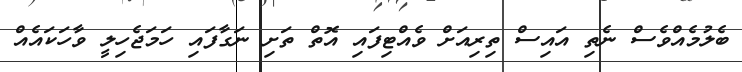
ބެލުމެއްވެސް ނެތި އައިސް ތިރިއަށް ވެއްޓިފައި އޮތް ތަށި ނަގާފައި ހަމަޖެހިލީ ވާހަކައެއް